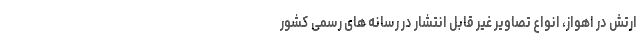
ارتش در اهواز، انواع تصاویر غیر قابل انتشار در رسانه های رسمی کشور